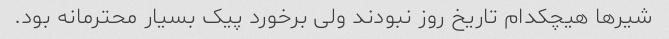
شیر‌ها هیچکدام تاریخ روز نبودند ولی برخورد پیک بسیار محترمانه بود.